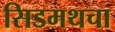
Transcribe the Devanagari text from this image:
सिडमथचा